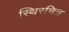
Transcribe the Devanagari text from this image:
स्थिरचित्र